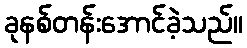
ခုနစ်တန်းအောင်ခဲ့သည်။